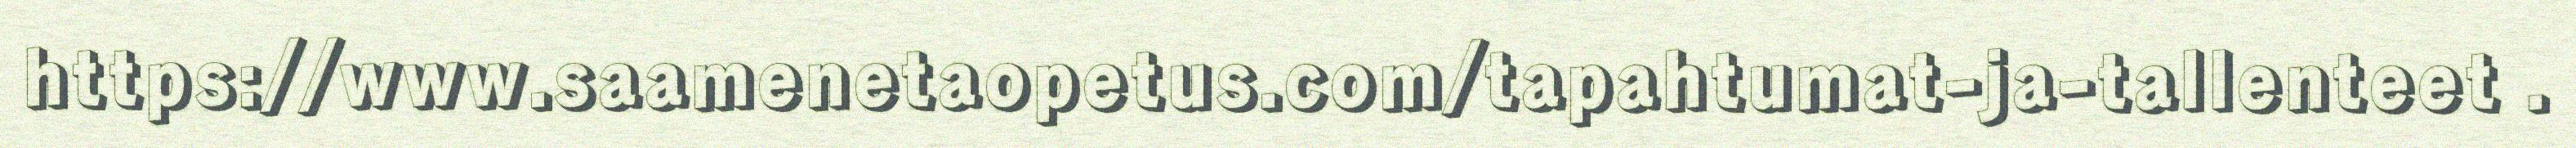
https://www.saamenetaopetus.com/tapahtumat-ja-tallenteet .